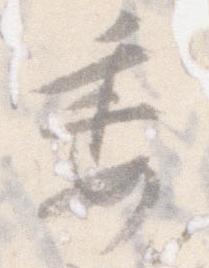
委